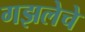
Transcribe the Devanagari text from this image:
गझलेचे